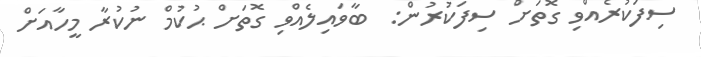
ސިފަކުރެއްވި ގޮތަށް ސިފަކުރުން:  ބާވައިލެއްވި ގޮތަށް ޙުކުމް ނުކުރާ މީހާއަށް